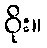
ဝိုး။